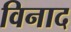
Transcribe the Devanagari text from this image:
विनाद